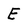
Character: E